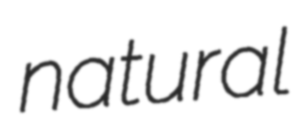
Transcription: natural